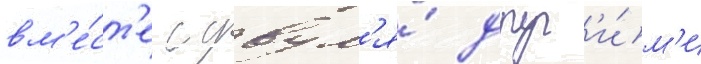
вм'е́ст'е с двум'я́ друг'и́м'и